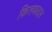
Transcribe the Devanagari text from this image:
किलफाइल